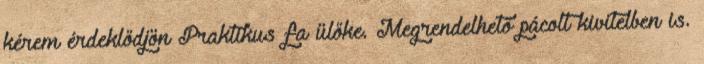
kérem érdeklődjön Praktikus fa ülőke. Megrendelhető pácolt kivitelben is.